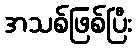
အသစ်ဖြစ်ပြီး